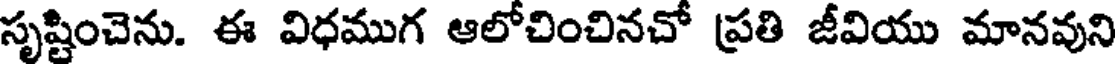
సృష్టించెను. ఈ విధముగ ఆలోచించినచో ప్రతి జీవియు మానవుని